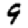
Digit: 9